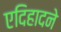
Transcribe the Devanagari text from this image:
एदिहादने